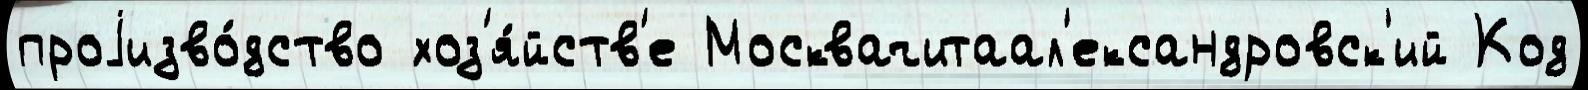
проjизво́дство хоз'я́йств'е Москвачитаал'ександровск'ий Код